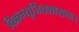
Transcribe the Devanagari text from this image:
विक्रम्यूर्जितशासनः।